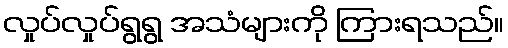
လှုပ်လှုပ်ရွရွ အသံများကို ကြားရသည်။